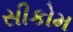
સીકોમ